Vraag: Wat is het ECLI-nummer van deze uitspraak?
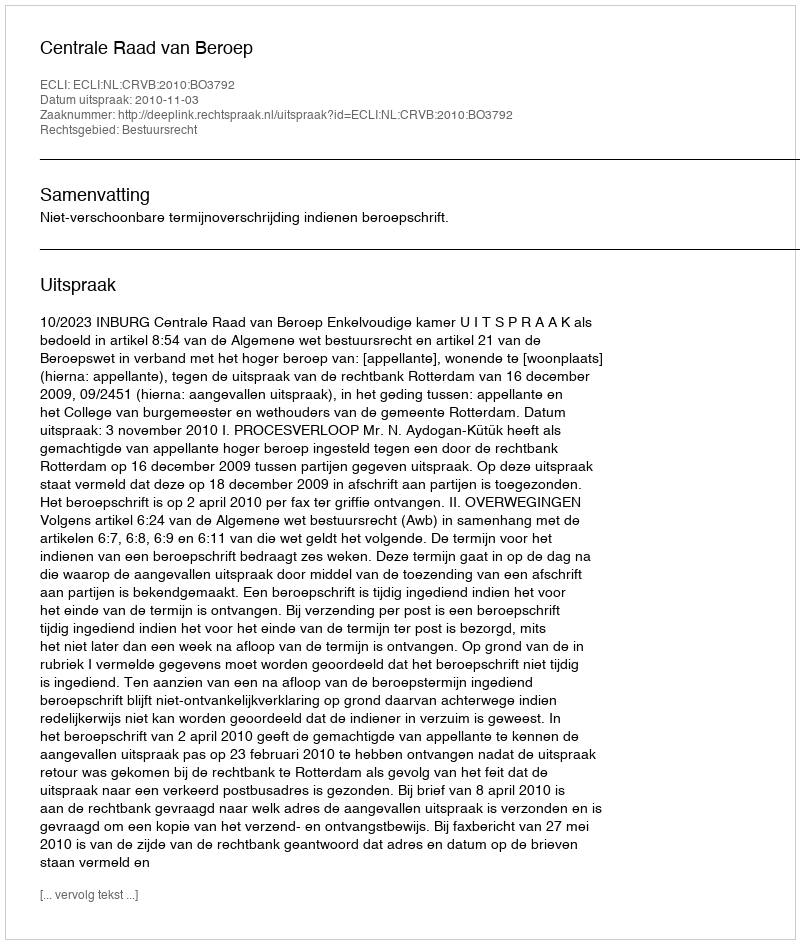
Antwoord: ECLI:NL:CRVB:2010:BO3792